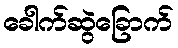
ခေါက်ဆွဲခြောက်